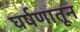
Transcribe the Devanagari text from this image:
घर्षणातून